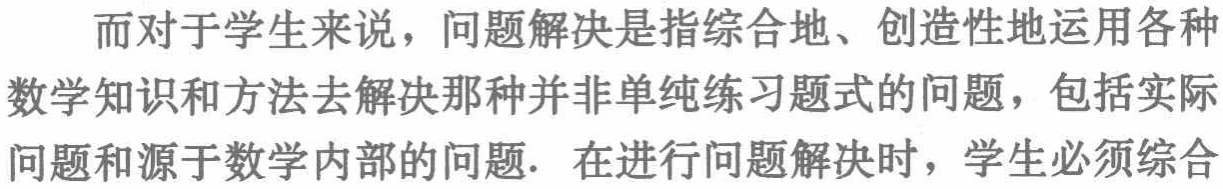
而对于学生来说，问题解决是指综合地、创造性地运用各种数学知识和方法去解决那种并非单纯练习题式的问题，包括实际问题和源于数学内部的问题. 在进行问题解决时，学生必须综合